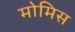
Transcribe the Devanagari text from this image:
मोमिस